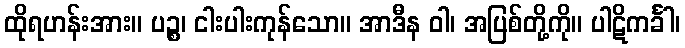
ထိုရဟန်းအား။ ပဉ္စ၊ ငါးပါးကုန်သော။ အာဒီန ဝါ၊ အပြစ်တို့ကို။ ပါဋိကင်္ခါ၊